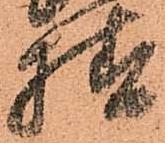
様